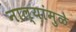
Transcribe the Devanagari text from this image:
नाल्यांमुळे